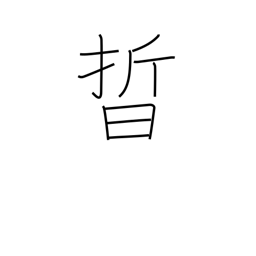
Meaning: light of stars